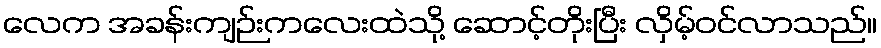
လေက အခန်းကျဉ်းကလေးထဲသို့ ဆောင့်တိုးပြီး လှိမ့်ဝင်လာသည်။